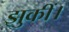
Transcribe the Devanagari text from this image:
झुकीं।